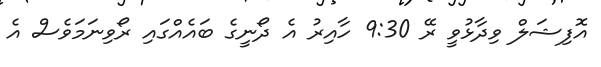
އޮފިޝަލް ވިދާޅުވީ ރޭ 9:30 ހާއިރު އެ ދޯނީގެ ބައެއްގައި ރޯވިނަމަވެސް އެ